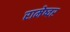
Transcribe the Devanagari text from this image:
रामेष्वर